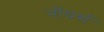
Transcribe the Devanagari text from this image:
नॉयर्स